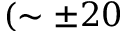
( \sim \pm 2 0